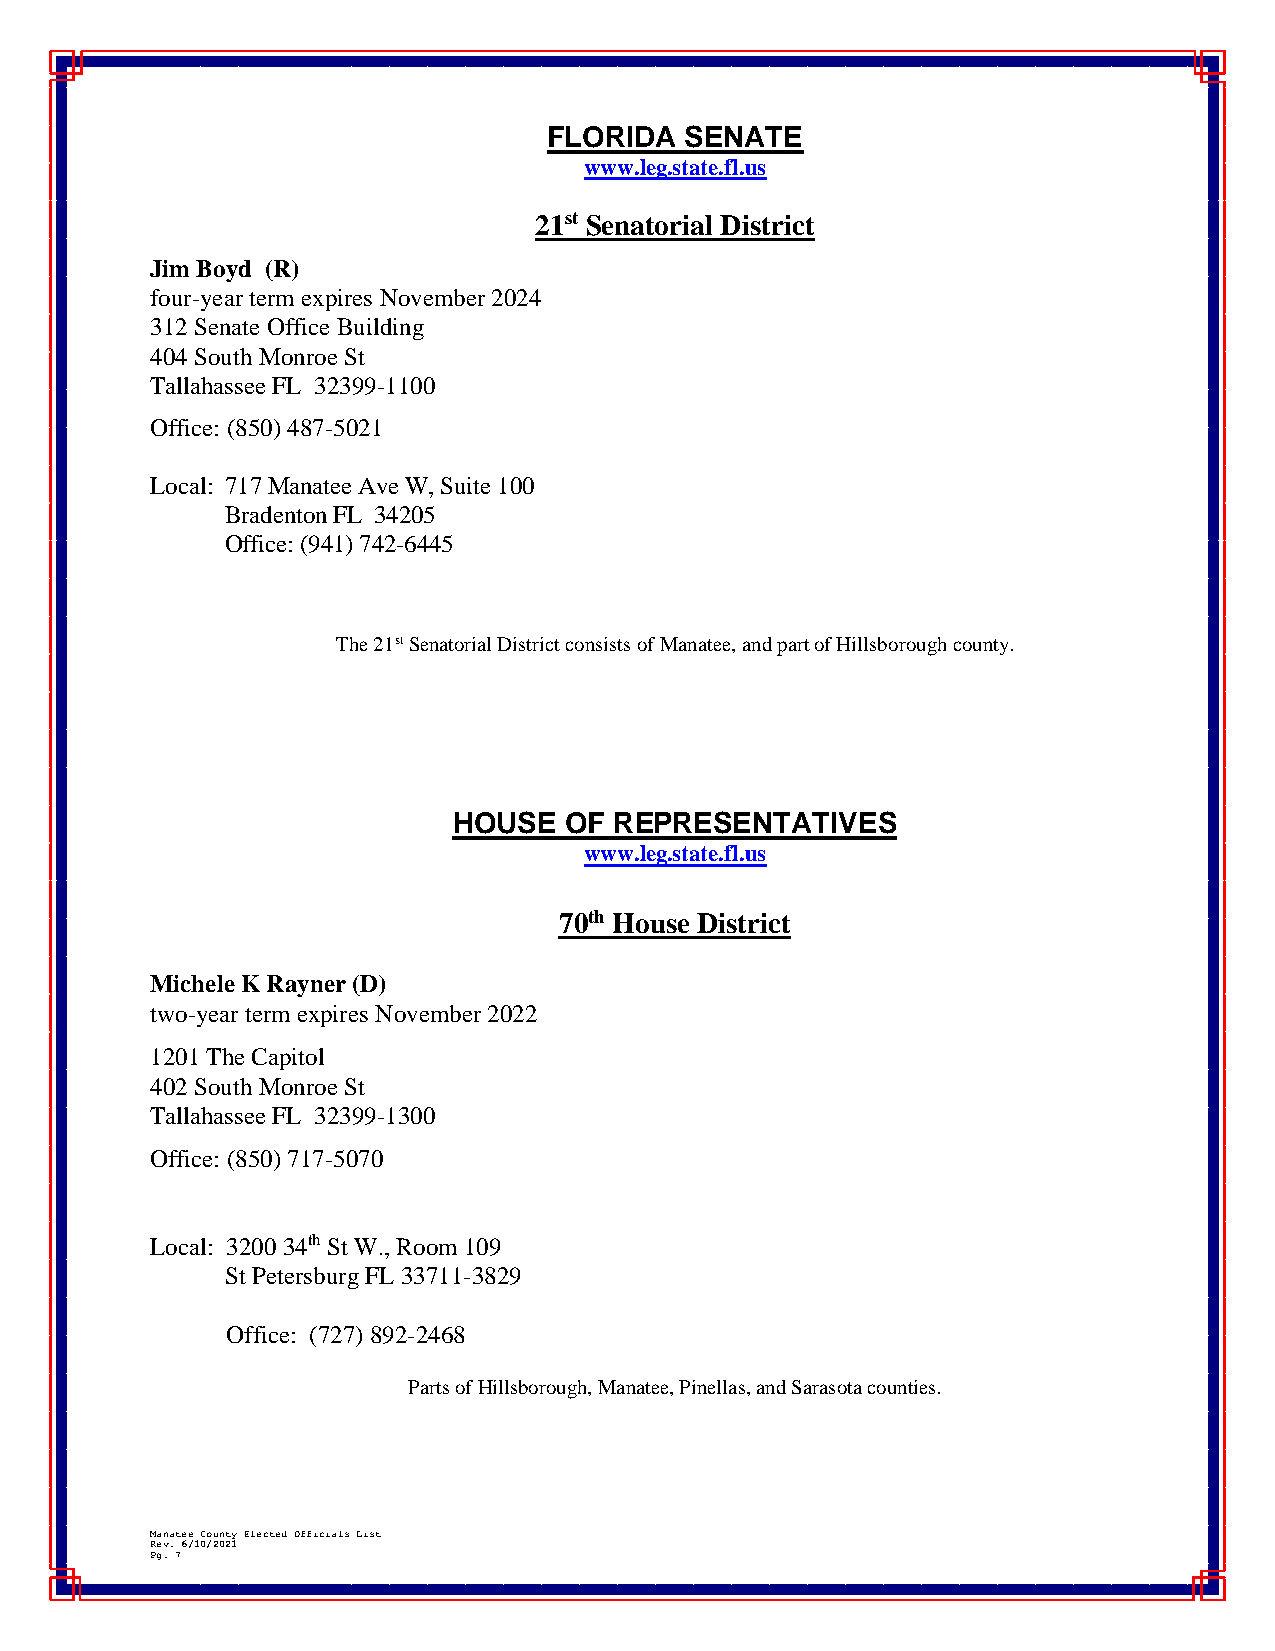
FLORIDA  SENATE
 www.leg.state.fl.us
 21st Senatorial District
 Jim Boyd (R)
 four-year term expires November 2024
 312 Senate Office Building
 404 South Monroe St
 Tallahassee FL 32399-1100
 Office: (850) 487-5021
 Local: 717 Manatee Ave W, Suite 100
 Bradenton FL 34205
 Office: (941) 742-6445
 The 21st Senatorial District consists of Manatee, and part of Hillsborough county.
 HOUSE  OF  REPRESENTATIVES
 www.leg.state.fl.us
 70th House District
 Michele K Rayner (D)
 two-year term expires November 2022
 1201 The Capitol
 402 South Monroe St
 Tallahassee FL 32399-1300
 Office: (850) 717-5070
 Local: 3200 34th St W., Room 109
 St Petersburg FL 33711-3829
 Office: (727) 892-2468
 Parts of Hillsborough, Manatee, Pinellas, and Sarasota counties.
 Manatee County Elected Officials List
 Rev. 6/10/2021
 Pg. 7